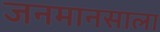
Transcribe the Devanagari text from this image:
जनमानसाला